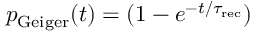
p _ { \mathrm { G e i g e r } } ( t ) = ( 1 - e ^ { - { t } / { \tau _ { \mathrm { r e c } } } } )